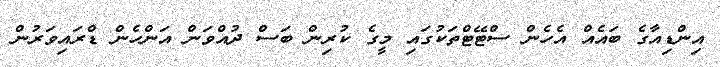
އިންޑިއާގެ ބައެއް އެހެން ސްޓޭޓްތަކުގައި މީގެ ކުރިން ބަސް ދުއްވަން އަންހެން ޑްރައިވަރުން